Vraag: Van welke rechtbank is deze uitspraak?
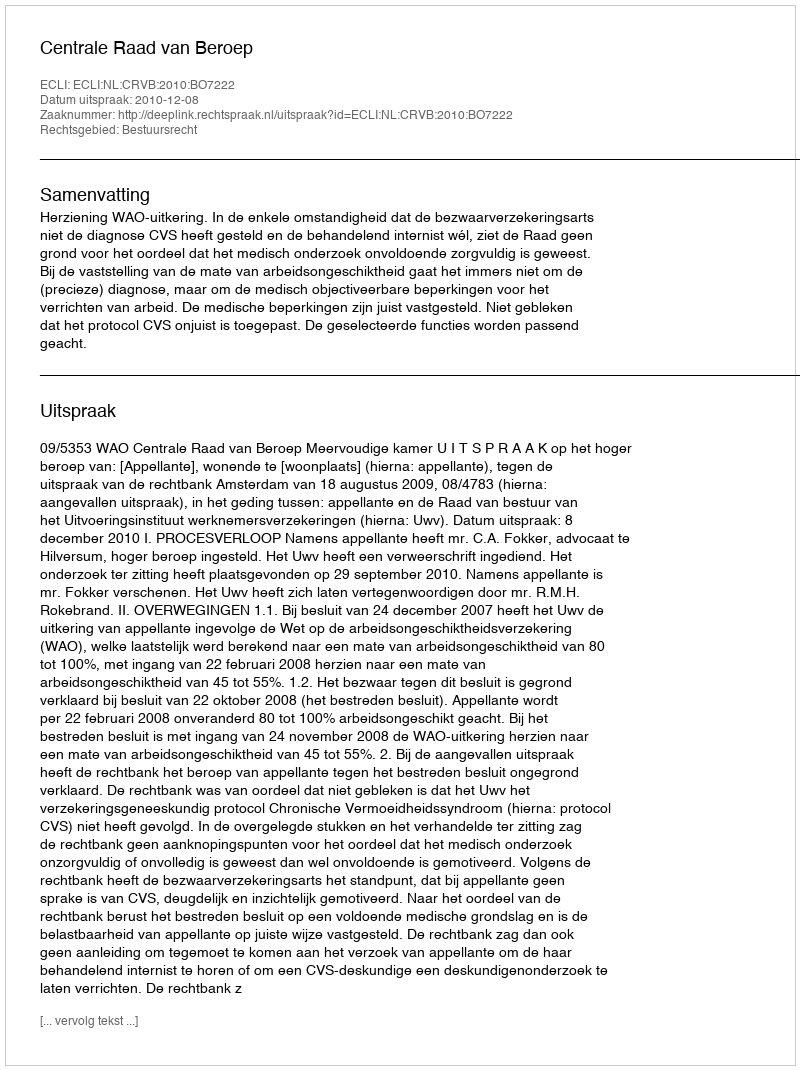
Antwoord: Centrale Raad van Beroep